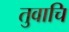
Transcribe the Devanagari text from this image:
तुवाचि